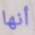
أنها